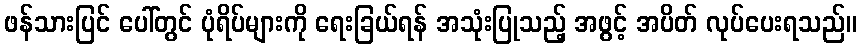
ဖန်သားပြင် ပေါ်တွင် ပုံရိပ်များကို ရေးခြယ်ရန် အသုံးပြုသည့် အဖွင့် အပိတ် လုပ်ပေးရသည်။